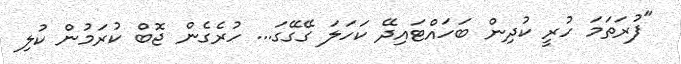
"ފުރަތަމަ ހުރީ ކުދިން ބަހައްޓައިދޭ ކަހަލަ ގޭގޭގަ... ހުރެގެން ޖޮބް ކުރަމުން ކުލި